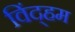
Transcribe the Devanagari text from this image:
विंद्हम